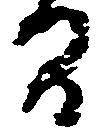
間